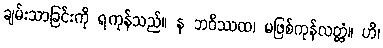
ချမ်းသာခြင်းကို ရကုန်သည်။ န ဘဝိဿထ၊ မဖြစ်ကုန်လတ္တံ့။ ဟိ၊